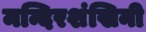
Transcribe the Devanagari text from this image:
मन्दिरशंखिनी